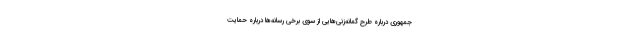
جمهوری درباره طرح گمانه‌زنی‌هایی از سوی برخی رسانه‌ها درباره حمایت